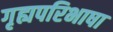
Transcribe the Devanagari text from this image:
गृह्यपरिभाषा